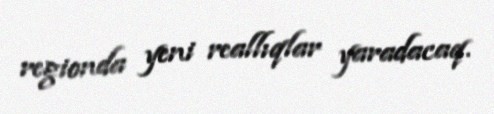
regionda yeni reallıqlar yaradacaq.